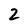
Character: 2